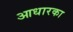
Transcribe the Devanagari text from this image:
आधारका